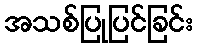
အသစ်ပြုပြင်ခြင်း